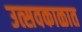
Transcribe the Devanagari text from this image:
उत्सवकाळात